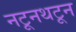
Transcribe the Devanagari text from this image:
नटूनथटून